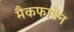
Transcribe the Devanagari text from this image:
मैकफाडेन